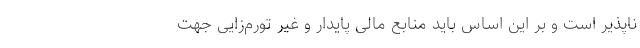
ناپذیر است و بر این اساس باید منابع مالی پایدار و غیر تورم‌زایی جهت